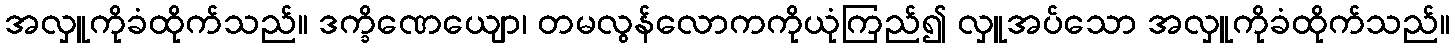
အလှူကိုခံထိုက်သည်။ ဒက္ခိဏေယျော၊ တမလွန်လောကကိုယုံကြည်၍ လှူအပ်သော အလှူကိုခံထိုက်သည်။